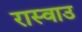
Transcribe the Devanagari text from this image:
रास्वाउ